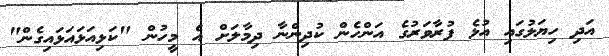
އަދި ހިޔަލުގައި އުޅެ ފުރާވަރުގެ އަންހެން ކުދިންނާ ދިމާލަށް އެ މީހުން "ކަޅިއަޅައަޅައިގެން"